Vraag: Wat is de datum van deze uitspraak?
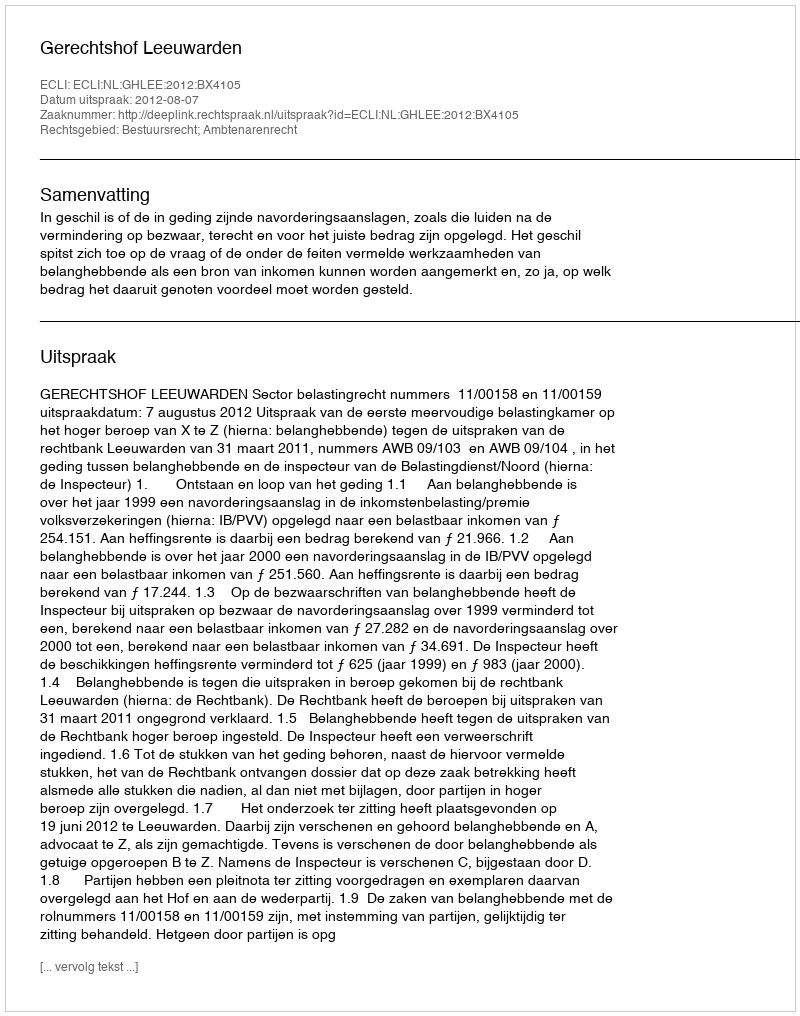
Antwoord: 2012-08-07